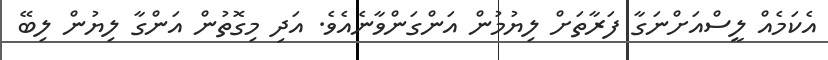
އެކަމެއް ލީސްއަށްނަގާ ފަރާތަށް ލިޔުމުން އަންގަންވާނެއެވެ. އަދި މިގޮތުން އަންގާ ލިޔުން ލިބޭ